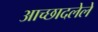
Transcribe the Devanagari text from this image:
अाच्छादलेले